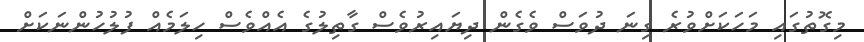
މިގޮތުގައި މަހަކަށްވުރެ ގިނަ ދުވަސް ވެގެން ދިޔައިރުވެސް ގާތިލުގެ އެއްވެސް ހިލަމެއް ފުލުހުންނަކަށް